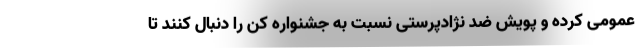
عمومی کرده و پویش ضد نژادپرستی نسبت به جشنواره کن را دنبال کنند تا